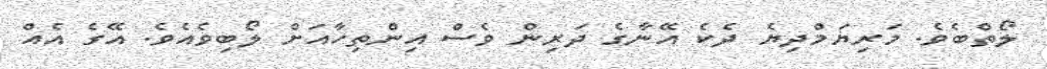
ލޯތްބެވެ. މަރިޔަމްދިޔެ ދެކެ އޭނާގެ ދަރިން ވެސް އިންތިހާއަށް ލޯބިވެއެވެ. އޭގެ އެއް